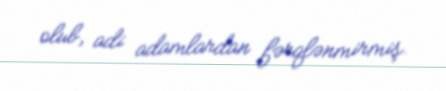
olub, adi adamlardan fərqlənmirmiş.